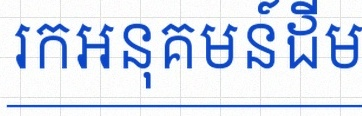
រកអនុគមន៍ដើម